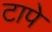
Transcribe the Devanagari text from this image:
टापे